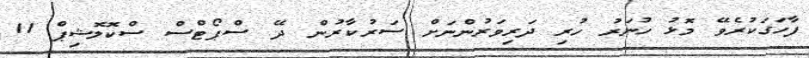
ފާހަގަކުރެވޭ މޮޅު ހުނަރު ހުރި ދަރިވަރުންނަށް ސަރުކާރުން ދޭ ސްޕޯޓްސް ސްކޮލޮޝިޕް 11